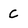
Character: C